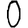
Digit: 0